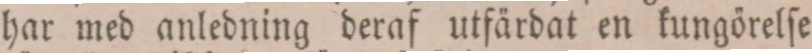
har med anledning deraf utfärdat en kungörelſe